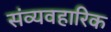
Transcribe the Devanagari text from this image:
संव्यवहारिक